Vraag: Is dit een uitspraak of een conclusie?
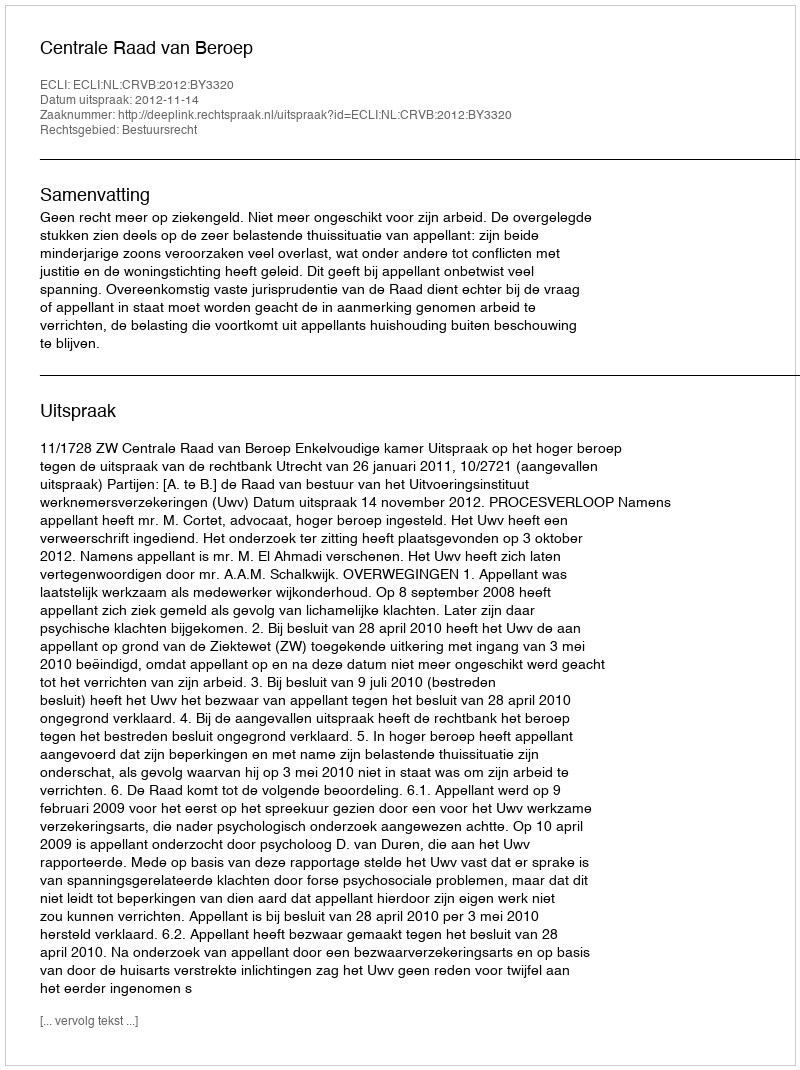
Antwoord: Uitspraak